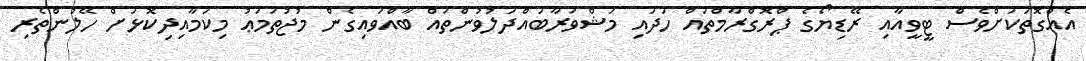
އެއްގޮތަކަށްވެސް ޓީވީއާއި ރޭޑިޔޯގެ ޕްރޮގްރާމްތައް ހަދައި މަޝްވަރާބައްދަލުވުންތައް ބާއްވައިގެން މުޖުތަމަޢު މިކަމާއިދިކޮޅަށް ހޭލުންތެރި